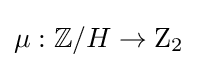
\mu :\mathbb {Z} /H\to \mathrm {Z} _{2}